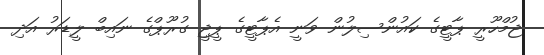
ޖުމްހޫރީ ޕާޓީގެ ކައުންސިލުން ވަނީ އެޕާޓީގެ ޕީޖީ ގުރޫޕްގެ ނައިބް ލީޑަރު އަދި